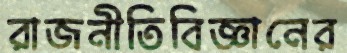
রাজনীতিবিজ্ঞানের